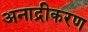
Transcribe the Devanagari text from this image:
अनाद्रीकरण